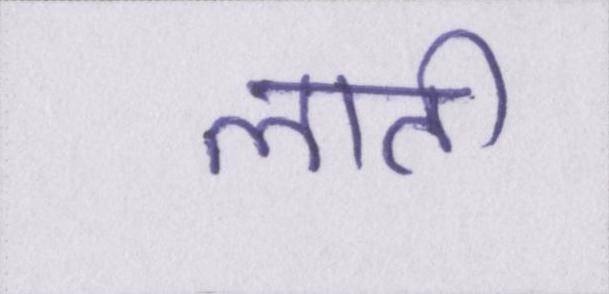
लाती